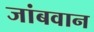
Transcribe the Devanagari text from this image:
जांबवान